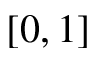
[ 0 , 1 ]